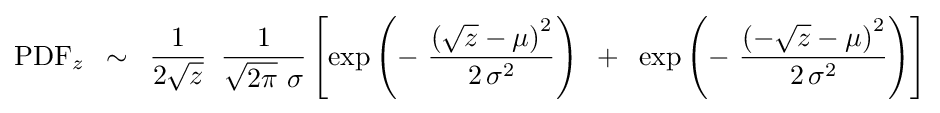
{\rm {PDF}}_{z}\,\,\,\sim \,\,\,{1 \over {2{\sqrt {z}}}}\,\,\,{1 \over {{\sqrt {2\pi }}\,\,\sigma }}\left[{\exp \left({-\,\,{{\left({{\sqrt {z}}-\mu }\right)^{2}} \over {2\,\sigma ^{2}}}}\right)\,\,\,+\,\,\,\exp \left({-\,\,{{\left({-{\sqrt {z}}-\mu }\right)^{2}} \over {2\,\sigma ^{2}}}}\right)}\right]